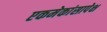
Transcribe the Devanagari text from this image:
एकमेकांसापेक्ष